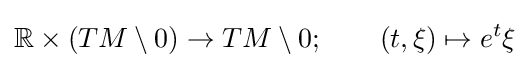
\mathbb {R} \times (TM\setminus 0)\to TM\setminus 0;\qquad (t,\xi )\mapsto e^{t}\xi